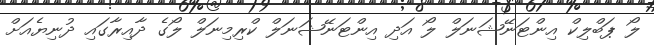
ލޯ ޕަބްލިކް އިންޓަނޭޝަނަލް ލޯ އަދި އިންޓަނޭޝަނަލް ކްރިމިނަލް ލޯގެ ދާއިރާގައި ދުނިޔެއަށް